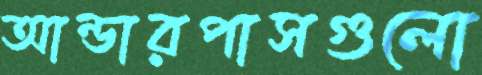
আন্ডারপাসগুলো